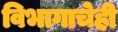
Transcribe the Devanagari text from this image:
विभागाचेही